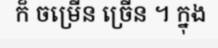
ក៏ ចម្រើន ច្រើន ។ ក្នុង